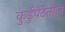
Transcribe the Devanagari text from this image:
कुर्डुपेठेतील